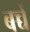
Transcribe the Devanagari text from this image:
बच्चेँ